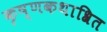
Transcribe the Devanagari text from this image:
कृष्णकथाश्रित